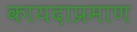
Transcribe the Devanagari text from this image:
कायदाप्रमाण